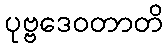
ပုဗ္ဗဒေဝတာတိ